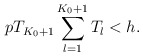
\begin{align*}p T_{K_0+1} \sum_{l=1}^{K_0+1}T_l <h.\end{align*}